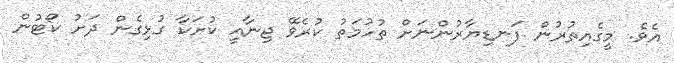
އެވެ. މީގެއިތުރުން ފަނޑިޔާރުންނަށް ތުހުމަތު ކުރެވޭ ޖިނާއީ ކުށަކާ ގުޅިގެން ދަށު ކޯޓުން